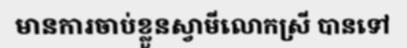
មានការចាប់ខ្លួនស្វាមីលោកស្រី បានទៅ